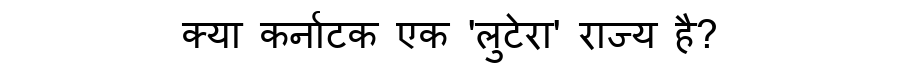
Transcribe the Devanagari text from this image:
क्या कर्नाटक एक 'लुटेरा' राज्य है?